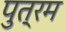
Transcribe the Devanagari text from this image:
पुत्रम